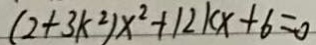
( 2 + 3 k ^ { 2 } ) x ^ { 2 } + 1 2 k x + 6 = 0